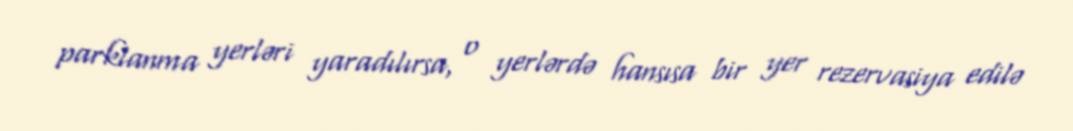
parklanma yerləri yaradılırsa, o yerlərdə hansısa bir yer rezervasiya edilə